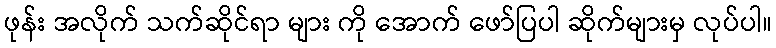
ဖုန်း အလိုက် သက်ဆိုင်ရာ များ ကို အောက် ဖော်ပြပါ ဆိုက်များမှ လုပ်ပါ။